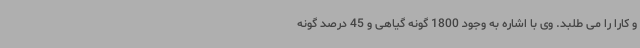
و کارا را می طلبد. وی با اشاره به وجود 1800 گونه گیاهی و 45 درصد گونه